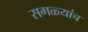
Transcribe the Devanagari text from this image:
सगळ्यांच